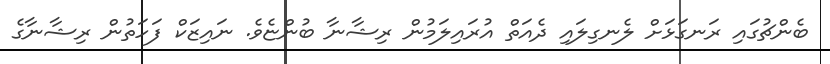
ބެންޗުގައި ރަނގަޅަށް ލެނގިލައި ދެއަތް އުރައިލަމުން ރިޝާނާ ބުންޏެވެ. ނައިޒަކް ފަހަތުން ރިޝާނާގެ